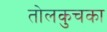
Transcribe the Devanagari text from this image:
तोलकुचका